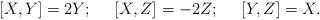
LaTeX: \begin{align*}[X,Y]=2Y; \ \ \ \ [X,Z]=-2Z; \ \ \ \ [Y,Z]=X.\end{align*}